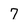
Character: 7